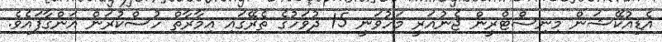
އެޑިއުކޭޝަން މިނިސްޓްރީން ޖެނުއަރީ މަހުވަނީ 15 ދުވަހުގެ ތެރޭގައި އިމާރާތް ހުސްކުރަން އަންގާފައެވެ.